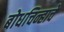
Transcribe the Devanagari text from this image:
बोधचिन्हाचे